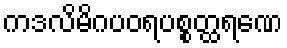
ကဒလိမိဂပဝရပစ္စတ္ထရဏေ